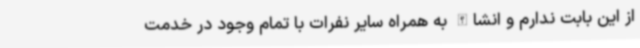
از این بابت ندارم و انشاالله به همراه سایر نفرات با تمام وجود در خدمت